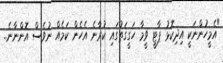
"އެމީހުންނަކީ އިިދިކޮޅު ޕާޓީ ވީމާ ހަގީގަތުގައި ކުރާނެ އެހެން ކަމެއް ނުވެސް އޮންނާނެ..